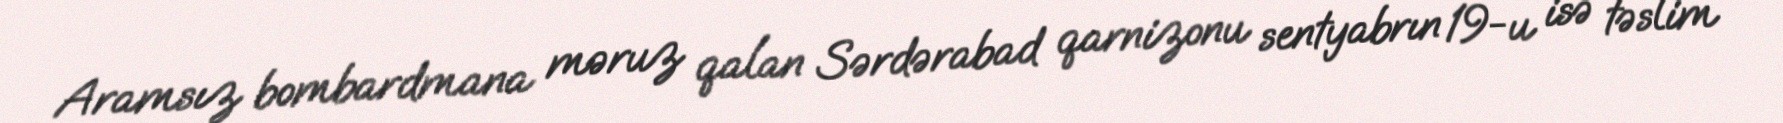
Aramsız bombardmana məruz qalan Sərdərabad qarnizonu sentyabrın 19-u isə təslim